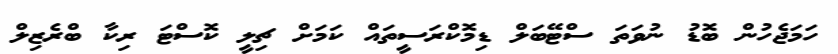
ހަމަޖެހުން ބޮޑު ނުވަތަ ސްޓޭބަލް ޑިމޮކްރަސީތައް ކަމަށް ޗިލީ ކޮސްޓަ ރިކާ ބްރެޒިލް